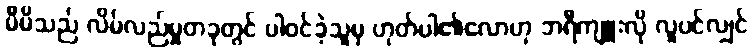
မိမိသည် လိမ်လည်မှုတခုတွင် ပါဝင်ခဲ့သူမှ ဟုတ်ပါ၏လောဟု ဘရီကျူးလို လူပင်လျှင်